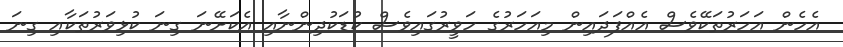
އެހެން އަހަރުތަކޭވެސް އެއްފަދައިން މިއަހަރުގެ ހަވީރުގައިވެސް ކުޑަކުދިންނާއި އެކަށޭނަ ގިނަ ކުޅިވަރުތަކާއި ގިނަ